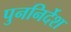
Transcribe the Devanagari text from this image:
पुननिर्देश